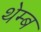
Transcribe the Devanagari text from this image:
थेम्ब